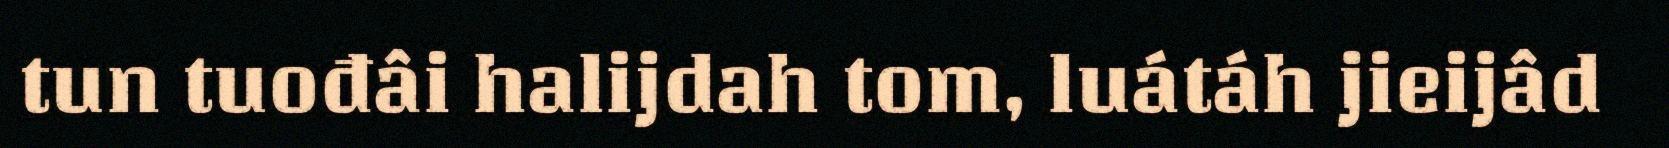
tun tuođâi halijdah tom, luátáh jieijâd